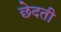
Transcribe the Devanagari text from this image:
छेदती